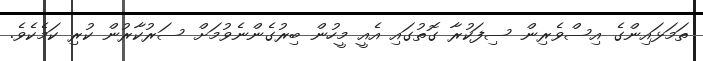
ތަމަޅައިންގެ އިސްވެރިން ސިފަކުރާ ގޮތުގައި އެއީ މީހުން ބިރުގެންނެވުމަށް ސަރުކާރުން ކުރި ކަމެކެވެ.